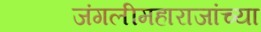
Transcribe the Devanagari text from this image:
जंगलीमहाराजांच्या